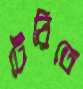
টেরিতে